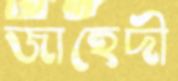
জাহেদী